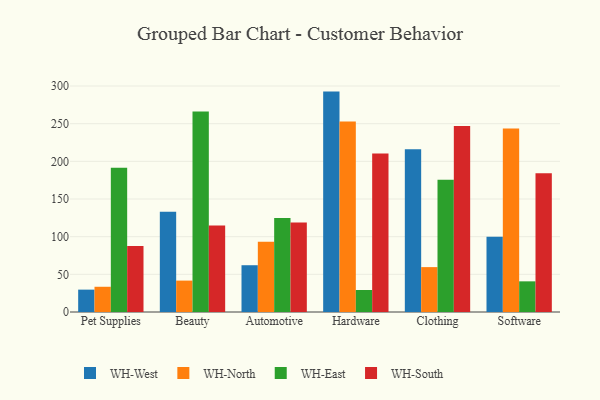
{"axis": {"x": "Category", "y": "Satisfaction Score"}, "legend": ["WH-East", "WH-North", "WH-South", "WH-West"], "data": [{"x": "Pet Supplies", "y": 29.7, "type": "WH-West"}, {"x": "Pet Supplies", "y": 33.5, "type": "WH-North"}, {"x": "Pet Supplies", "y": 191.4, "type": "WH-East"}, {"x": "Pet Supplies", "y": 87.5, "type": "WH-South"}, {"x": "Beauty", "y": 133.0, "type": "WH-West"}, {"x": "Beauty", "y": 41.7, "type": "WH-North"}, {"x": "Beauty", "y": 266.1, "type": "WH-East"}, {"x": "Beauty", "y": 114.8, "type": "WH-South"}, {"x": "Automotive", "y": 62.1, "type": "WH-West"}, {"x": "Automotive", "y": 93.3, "type": "WH-North"}, {"x": "Automotive", "y": 124.8, "type": "WH-East"}, {"x": "Automotive", "y": 118.7, "type": "WH-South"}, {"x": "Hardware", "y": 292.6, "type": "WH-West"}, {"x": "Hardware", "y": 252.8, "type": "WH-North"}, {"x": "Hardware", "y": 29.2, "type": "WH-East"}, {"x": "Hardware", "y": 210.5, "type": "WH-South"}, {"x": "Clothing", "y": 216.0, "type": "WH-West"}, {"x": "Clothing", "y": 59.6, "type": "WH-North"}, {"x": "Clothing", "y": 175.7, "type": "WH-East"}, {"x": "Clothing", "y": 246.9, "type": "WH-South"}, {"x": "Software", "y": 100.0, "type": "WH-West"}, {"x": "Software", "y": 243.5, "type": "WH-North"}, {"x": "Software", "y": 40.7, "type": "WH-East"}, {"x": "Software", "y": 184.2, "type": "WH-South"}]}